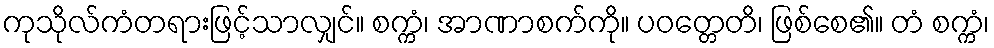
ကုသိုလ်ကံတရားဖြင့်သာလျှင်။ စက္ကံ၊ အာဏာစက်ကို။ ပဝတ္တေတိ၊ ဖြစ်စေ၏။ တံ စက္ကံ၊